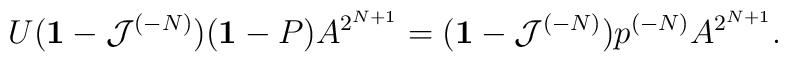
U({\bf 1} - {\cal J}^{(-N)})({\bf 1} - P) A^{2^{N+1}} =({\bf 1} - {\cal J}^{(-N)})p^{(-N)} A^{2^{N+1}}.